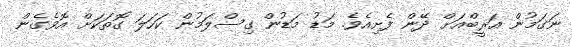
ނަގަމުން އަރީބްއަށް ދޭން ފެށިއެވެ. މަޑު މަޑުން ގިސްލަމުން ކަހަލަ ގޮތަކަށް އޮވެގެން